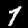
Label: 1